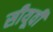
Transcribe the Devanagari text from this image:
सीयूवी